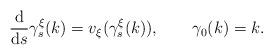
LaTeX: \begin{align*} \frac{\mathrm{d}}{\mathrm{d}s}\gamma_s^\xi(k)=v_{\xi}(\gamma_s^\xi(k)), \qquad\gamma_0(k)=k. \end{align*}